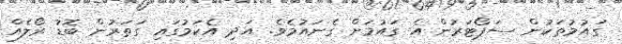
ގައުމުތަކުން ސަޕޯޓަރުން އެ ގައުމަށް ގެނައުމެވެ. އަދި އެކަމުގައި ގަތަރުން ބޮޑު ރޯލެއް